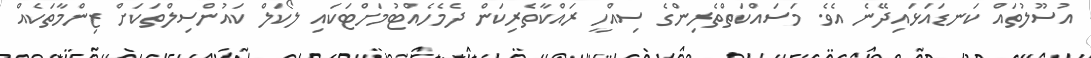
އުސޫލުތައް ކަނޑައަޅައިދޭނެ އެވެ. މަސައްކަތްތެރިންގެ ސިއްހީ ރައްކާތެރިކަން ދެމެހެއްޓުމަށްޓަކައި ލޯކަލް ކައުންސިލްތަކަށް ޒިންމާތަކެއް